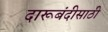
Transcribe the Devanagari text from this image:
दारूबंदीसाठी